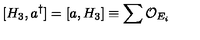
[ H _ { 3 } , a ^ { \dagger } ] = [ a , H _ { 3 } ] \equiv \sum { \cal O } _ { E _ { i } }